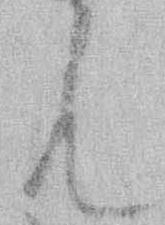
ん